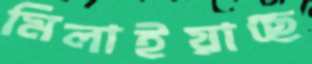
মিলাইয়াছে